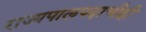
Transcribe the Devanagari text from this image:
राज्यपालपदाचीही